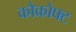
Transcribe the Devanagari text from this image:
कौक्रोफ्ट